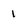
Character: 1